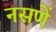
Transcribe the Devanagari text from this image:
नसणें